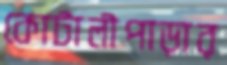
কোটালীপাড়ার